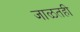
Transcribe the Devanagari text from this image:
जाळतही